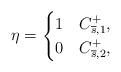
LaTeX: \begin{align*}\eta=\begin{cases}1 & C_{\overline{s},1}^{+},\\0 & C_{\overline{s},2}^{+},\end{cases}\end{align*}